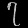
Digit: ၇